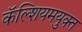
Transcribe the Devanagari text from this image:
कॅल्शियमयुक्त